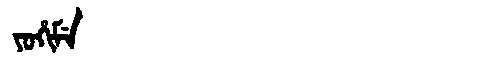
Manchu: ᠶᠣᡥᡳᠮᡝ
Romanization: YOHIME